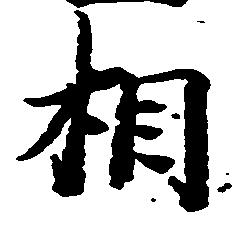
相